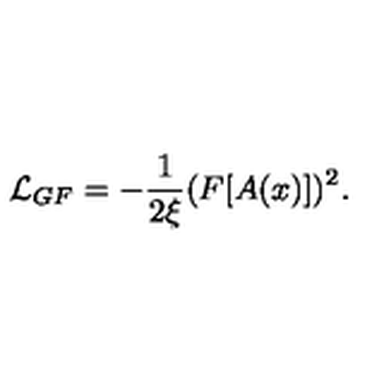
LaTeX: { \cal L } _ { G F } = - { \frac { 1 } { 2 \xi } } ( F [ A ( x ) ] ) ^ { 2 } .